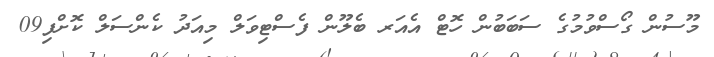
މޫސުން ގޯސްވުމުގެ ސަބަބުން ހޮޓް އެއަރ ބެލޫން ފެސްޓިވަލް މިއަދު ކެންސަލް ކޮށްފި09